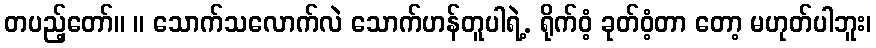
တပည့်တော်။ ။ သောက်သလောက်လဲ သောက်ဟန်တူပါရဲ့. ရိုက်ဝံ့ ခုတ်ဝံ့တာ တော့ မဟုတ်ပါဘူး၊